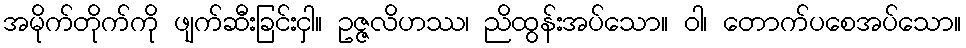
အမိုက်တိုက်ကို ဖျက်ဆီးခြင်းငှါ။ ဥဇ္ဇလိဟဿ၊ ညိထွန်းအပ်သော။ ဝါ၊ တောက်ပစေအပ်သော။